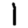
Digit: 1